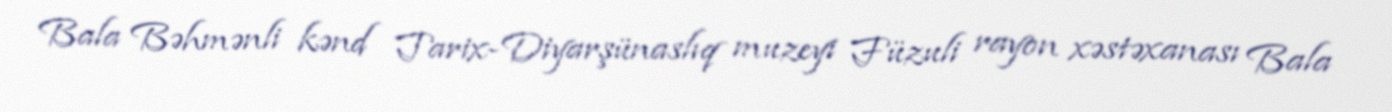
Bala Bəhmənli kənd Tarix-Diyarşünaslıq muzeyi Füzuli rayon xəstəxanası Bala